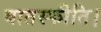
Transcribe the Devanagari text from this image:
वातस्फीति।